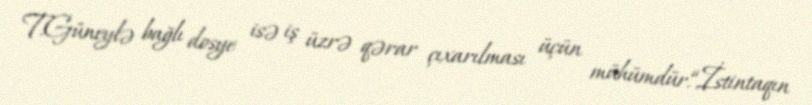
T.Güneylə bağlı dosye isə iş üzrə qərar çıxarılması üçün mühümdür.“İstintaqın